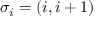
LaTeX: \sigma _ { i } = ( i , i + 1 )